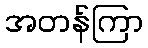
အတန်ကြာ